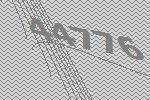
44776